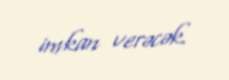
imkan verəcək.